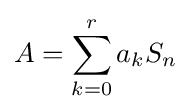
A=\sum _{k=0}^{r}a_{k}S_{n}